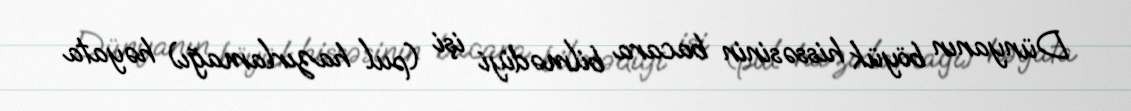
Dünyanın böyük hissəsinin bacara bilmədiyi işi (pul hazırlamağı) həyata